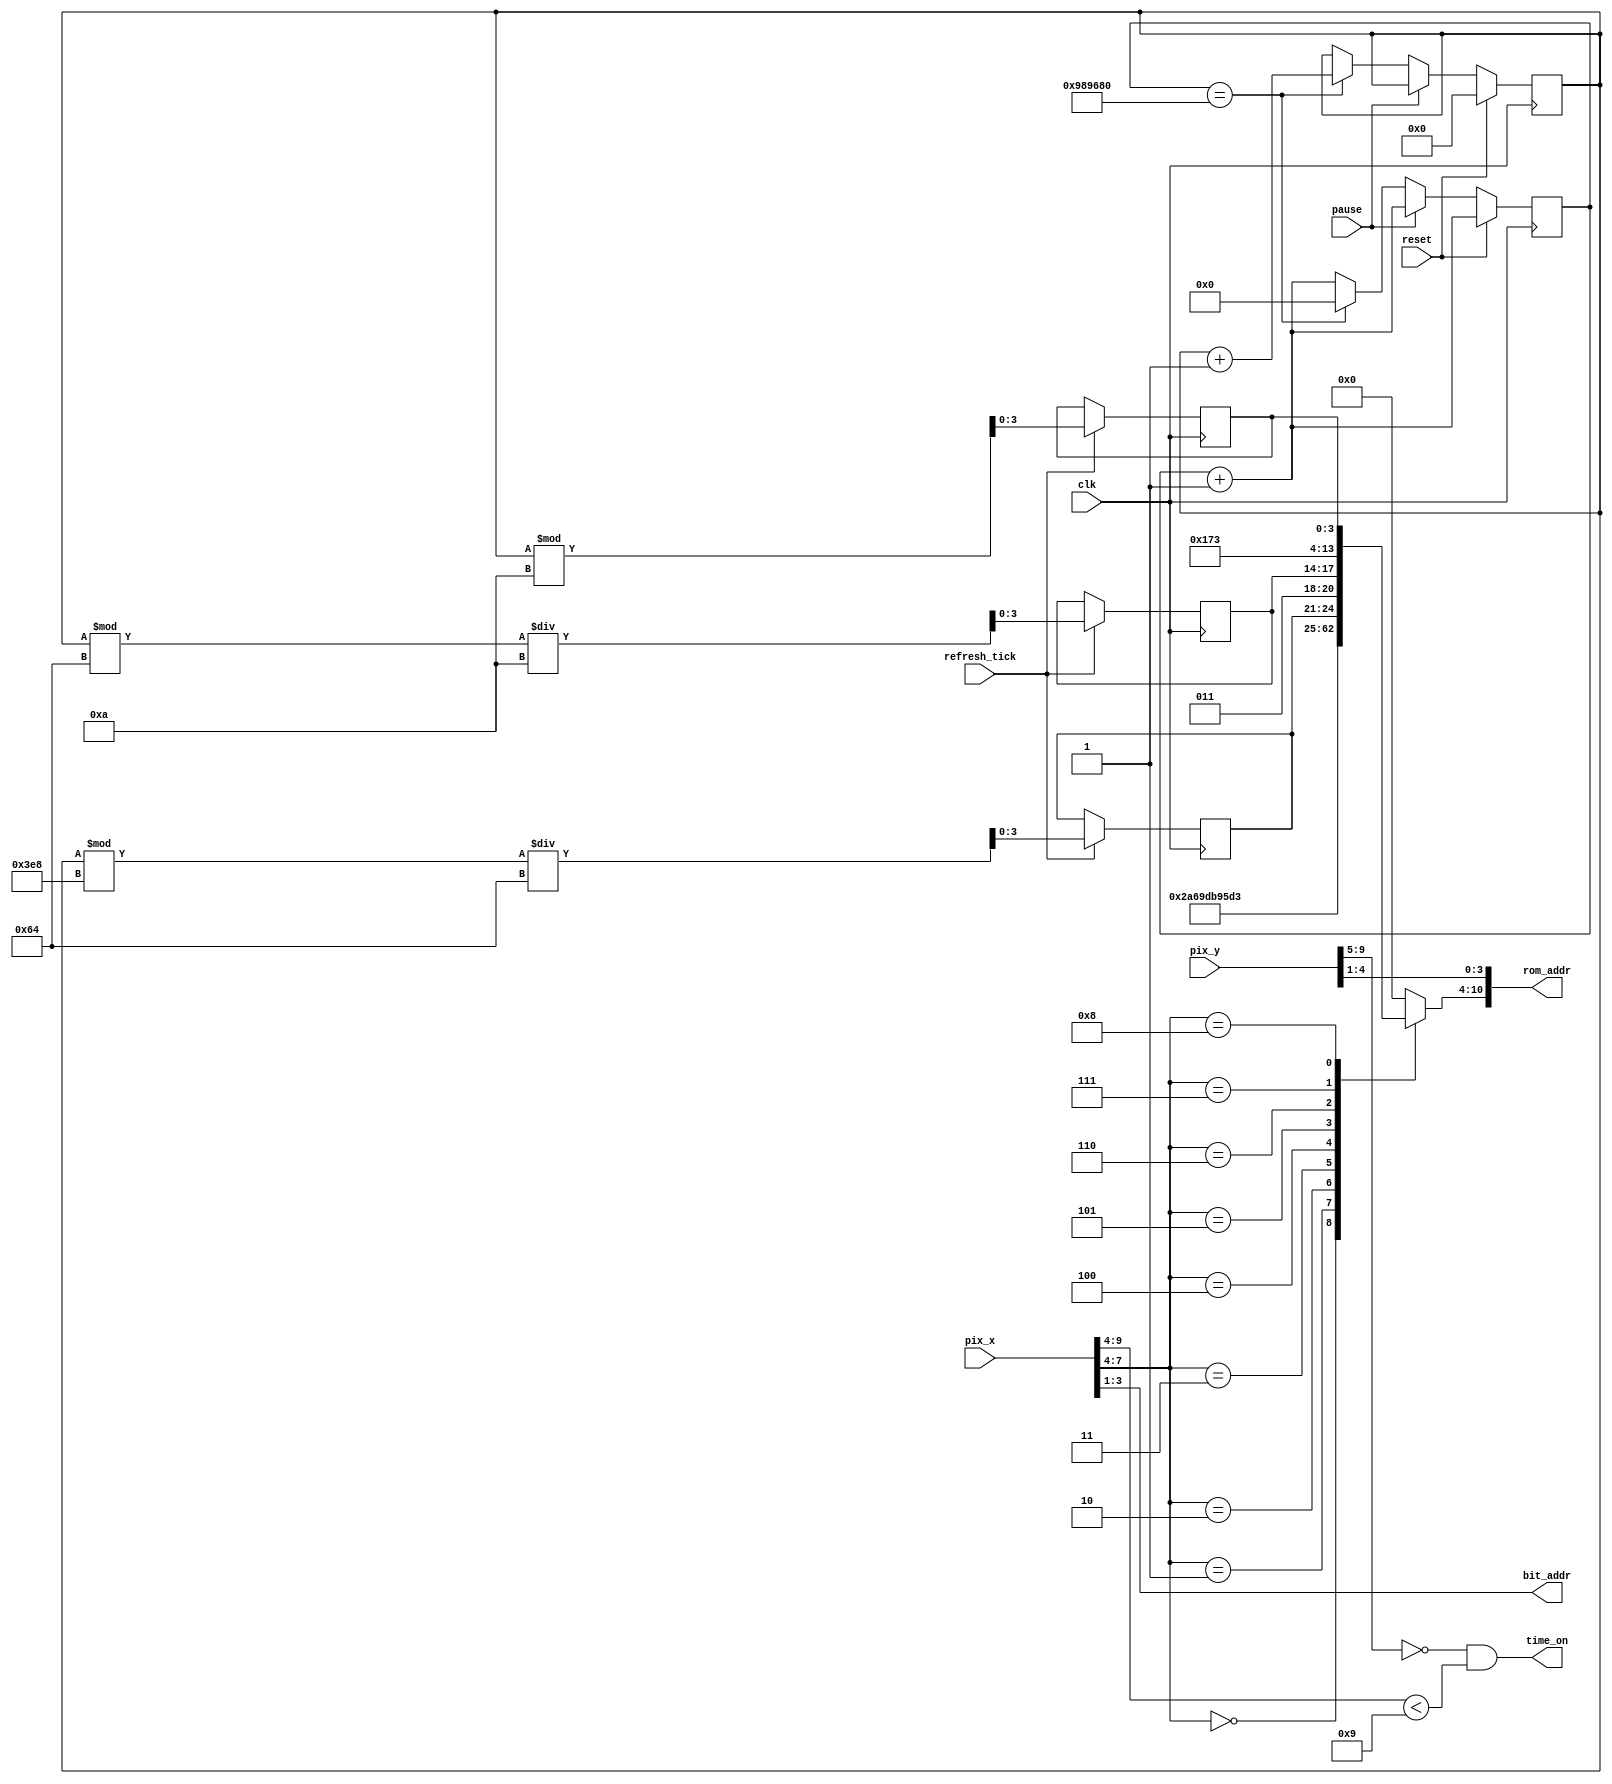
`timescale 1ns / 1ps
//////////////////////////////////////////////////////////////////////////////////
// Company: 
// 
// Design Name: 
// Module Name: time_text
// Project Name: 
// Target Devices: 
// Tool Versions: 
// Description: 
// 
// Dependencies: 
// 
// Revision:
// Revision 0.01 - File Created
// Additional Comments:
// 
//////////////////////////////////////////////////////////////////////////////////


module time_text(
input wire clk, reset, pause,
input wire refresh_tick,
input wire [9:0] pix_x, pix_y,
output wire time_on,
output wire [2:0] bit_addr,
output wire [10:0] rom_addr);
    
//variables 
wire [3:0] row_addr;    
reg [6:0] char_addr;
reg [23:0] time_tick;
reg [9:0] raceTime;
reg [3:0] dig_10th, dig_1s, dig_10s;

assign time_on = (pix_y [9: 5] ==0) && (pix_x [9: 4] <9) ;
assign row_addr = pix_y [4:1];
assign bit_addr = pix_x [3:1];
assign rom_addr = {char_addr, row_addr};
 
//measure time in miliseonds
always@(posedge clk)
begin
time_tick <= time_tick + 1;
if(reset)
    raceTime<=0;
else if(pause)
    raceTime <=raceTime;
else if(time_tick==10000000) //0.1 second
begin
    time_tick<=0;
    raceTime <= raceTime + 1;
end

//calculate decimal digits
if(refresh_tick)
    begin
    dig_10th <= raceTime%10;
    dig_1s <= (raceTime%100)/10;
    dig_10s <= (raceTime%1000)/100;
    end
end 


always @*
case (pix_x [7:4])
4'h0: char_addr = 7'h54; // T
4'h1: char_addr = 7'h69; // i
4'h2: char_addr = 7'h6d; // m
4'h3: char_addr = 7'h65; // e
4'h4: char_addr = 7'h3a; // :
4'h5: char_addr = {3'b011, dig_10s}; // d i g i t 10
4'h6: char_addr = {3'b011, dig_1s}; // d i g i t 1
4'h7: char_addr = 7'h2e; // .
4'h8: char_addr = {3'b011, dig_10th}; // d i g i t 10th
default: char_addr = 7'h00; // 
endcase


endmodule